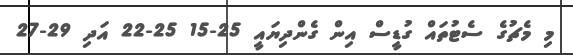
މި މެޗުގެ ސެޓުތައް ގުޑީސް އިން ގެންދިޔައީ 25-15 25-22 އަދި 29-27